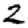
Digit: 2